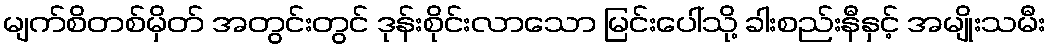
မျက်စိတစ်မှိတ် အတွင်းတွင် ဒုန်းစိုင်းလာသော မြင်းပေါ်သို့ ခါးစည်းနီနှင့် အမျိုးသမီး